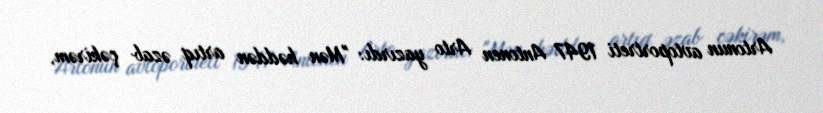
Artonun avtoportreti 1947 Antonen Arto yazırdı: "Mən həddən artıq əzab çəkirəm,